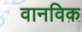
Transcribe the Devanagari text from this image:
वानविक